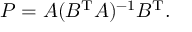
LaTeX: P = A ( B ^ { \mathrm { T } } A ) ^ { - 1 } B ^ { \mathrm { T } } .